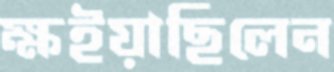
ক্ষইয়াছিলেন